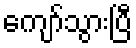
ကျော်သွားပြီ